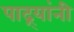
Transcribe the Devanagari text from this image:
पाद्र्यांनी